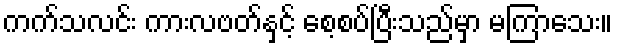
ကက်သလင်း ကားလဗတ်နှင့် စေ့စပ်ပြီးသည်မှာ မကြာသေး။